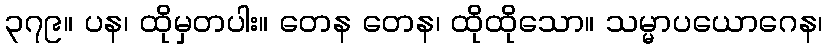
၃၇၉။ ပန၊ ထိုမှတပါး။ တေန တေန၊ ထိုထိုသော။ သမ္မာပယောဂေန၊